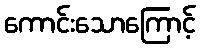
ကောင်းသောကြောင့်